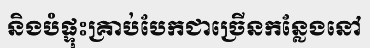
និងបំផ្ទុះគ្រាប់បែកជាច្រើនកន្លែងនៅ